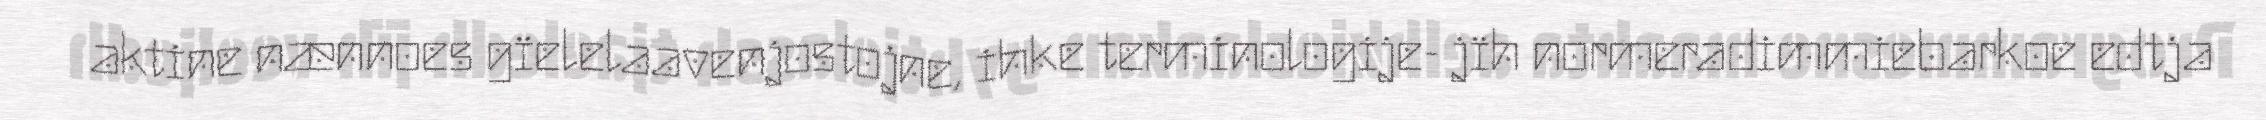
aktine nænnoes gïelelaavenjostojne, ihke terminologije- jïh normeradimmiebarkoe edtja